Report on inoculation in the plague infected areas of the Punjab and its dependencies from October 1900 to September 1901
Year: 1900
Disease focus: Plague
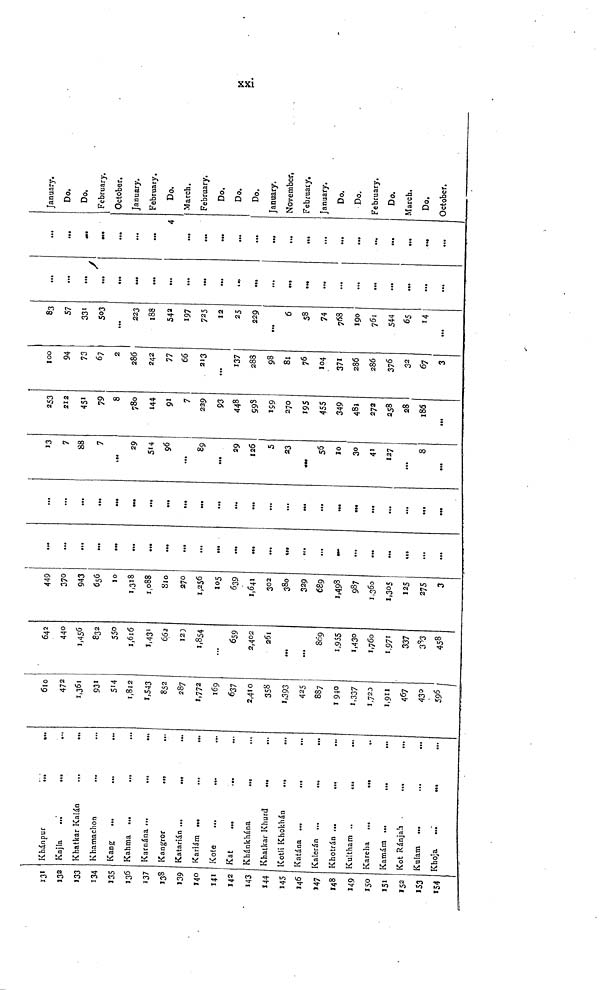
xxi.
131
132
133
134
135
136
137
138
139
140
141
142
143
144
145
146
147
148
149
150
151
152
153
154
Khánpur
Kajla
Khatkar Kalán
Khamachon
...
Kang
Kahma ...
...
Karnána
Kangror
Katarián
Kariám
Kote
Kat
Khánkhána
Khatkar Khurd
...
Kotli Khokhán
Katána ...
...
Kalerán ...
...
...
Khotrán ,..
...
Kultham
Kareha
Kamám ...
...
...
Kot Ránjah
Kulam ...
...
...
Khoja ...
...
...
610
472
931
514
1,812
1,543
852
287
1,772
169
637
2,410
358
1,393
425
887
1,940
1,337
1,720
1,911
467
430
596
642
440
1,456
832
550
1,616
1,433
662
120
1,854
659
2,402
261
...
...
809
1,955
1,430
1,760
1,971
337
383
458
449
370
943
656
10
1,318
1,088
810
270
1,256
105
639
1,641
302
380
329
689
1,498
987
1,360
1,305
125
275
3
...
...
...
...
...
...
...
...
...
...
...
...
...
...
...
...
...
...
...
...
...
...
...
...
...
...
...
...
...
...
...
...
...
...
...
...
...
...
...
7
88
7
...
29
514
96
...
89
...
29
126
5
23
56
10
30
41
127
...
8
...
253
212
451
79
8
780
144
91
7
229
93
448
998
199
270
195
455
349
481
272
258
28
185
...
100
94
73
67
2
286
242
77
66
213
...
137
288
98
81
76
104
371
286
286
376
32
67
3
83
57
331
503
...
223
188
542
197
725
12
25
229
...
6
58
74
768
190
761
544
65
M
...
...
...
...
...
...
...
...
...
...
...
...
...
...
...
...
...
...
...
...
...
...
...
...
...
...
...
4
...
...
...
...
...
...
...
...
...
...
...
...
...
...
January.
Do.
Do.
February.
October.
January.
February,
Do.
March.
February.
Do.
Do.
Do.
January.
November,
February.
January.
Do.
Do.
February.
Do.
March.
Do.
October.